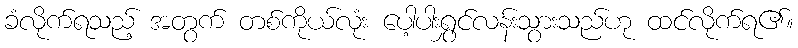
ခံလိုက်ရသည့် အတွက် တစ်ကိုယ်လုံး ပေါ့ပါးရွှင်လန်းသွားသည်ဟု ထင်လိုက်ရ၏။